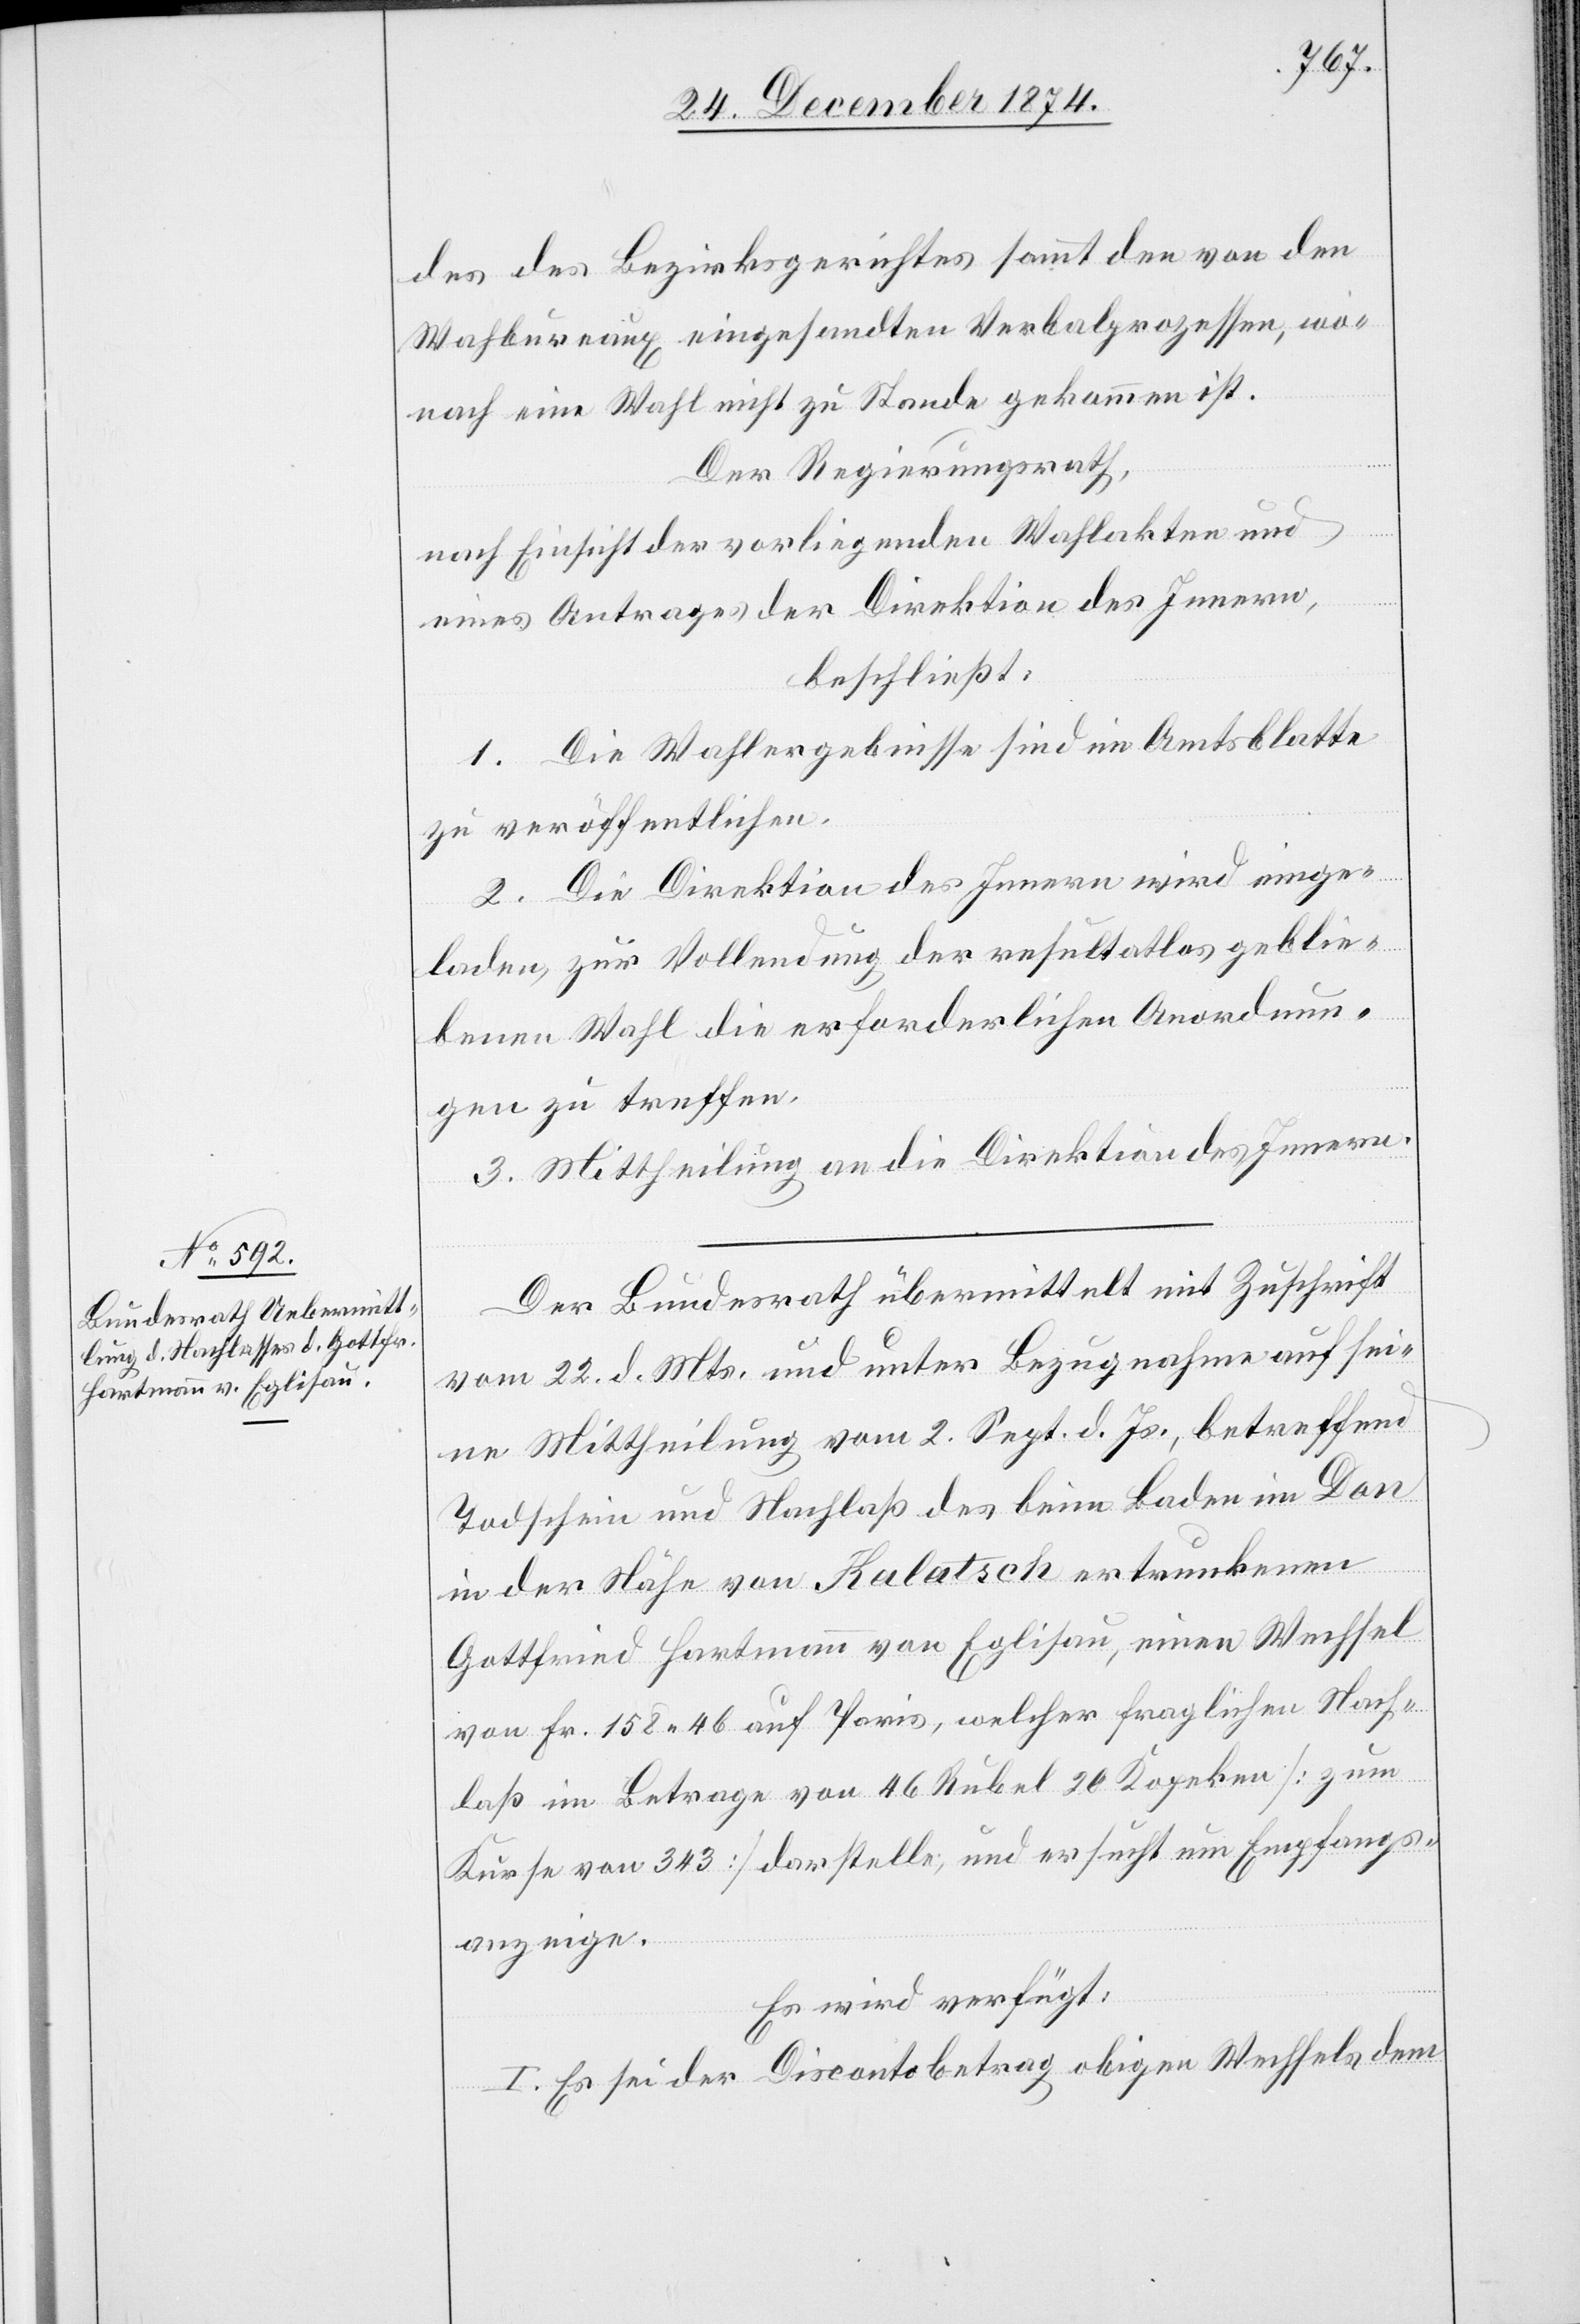
24. December 1874.]
des des Bezirksgerichtes sammt den von den
Wah[l]bureaux eingesandten Verbalprozessen, wo¬
nach eine Wahl nicht zu Stande gekommen ist.
Der Regierungsrath,
nach Einsicht der vorliegenden Wahlakten und
eines Antrages der Direktion des Innern,
beschließt:
1. Die Wahlergebnisse sind im Amtsblatte
zu veröffentlichen.
2. Die Direktion des Innern wird einge¬
laden, zur Vollendung der resultatlos geblie¬
benen Wahl die erforderlichen Anordnun¬
gen zu treffen.
3. Mittheilung an die Direktion des Innern.
Der Bundesrath übermittelt mit Zuschrift
vom 22. d. Mts. und unter Bezugnahme auf sei¬
ne Mittheilung vom 2. Sept. d. Js., betreffend
Todschein und Nachlaß des beim Baden im Don
in der Nähe von Kalatsch ertrunkenen
Gottfried Hartmann von Eglisau, einen Wechsel
von Fr. 158.46 auf Paris, welcher fraglichen Nach¬
laß im Betrage von 46 Rubel 20 Kopeken [zum
Kurse von 343] darstelle, und ersucht um Empfangs¬
anzeige.
Es wird verfügt:
I. Es sei der Discontobetrag obigen Wechsels dem